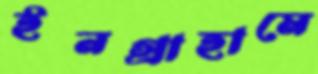
ইনগ্রাহামে